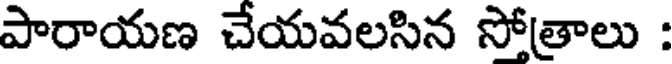
పారాయణ చేయవలసిన సోత్రాలు :